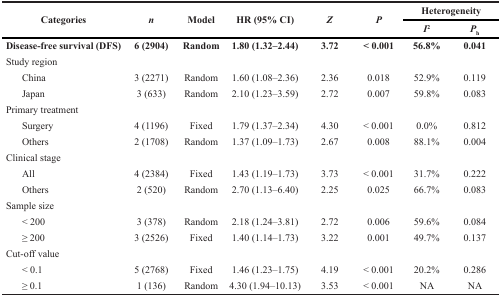
<table><thead><tr><td rowspan="2"><b>Categories</b></td><td rowspan="2"><b><i>n</i></b></td><td rowspan="2"><b>Model</b></td><td rowspan="2"><b>HR (95% CI)</b></td><td rowspan="2"><b><i>Z</i></b></td><td rowspan="2"><b><i>P</i></b></td><td colspan="2"><b>Heterogeneity</b></td></tr><tr><td><b><i>I</i><sup>2</sup></b></td><td><b><i>P</i><sub>h</sub></b></td></tr></thead><tbody><tr><td><b>Disease-free survival (DFS)</b></td><td><b>6 (2904)</b></td><td><b>Random</b></td><td><b>1.80 (1.32–2.44)</b></td><td><b>3.72</b></td><td><b>&lt; 0.001</b></td><td><b>56.8%</b></td><td><b>0.041</b></td></tr><tr><td>Study region</td><td>[EMPTY_CELL]</td><td>[EMPTY_CELL]</td><td>[EMPTY_CELL]</td><td>[EMPTY_CELL]</td><td>[EMPTY_CELL]</td><td>[EMPTY_CELL]</td><td>[EMPTY_CELL]</td></tr><tr><td> China</td><td>3 (2271)</td><td>Random</td><td>1.60 (1.08–2.36)</td><td>2.36</td><td>0.018</td><td>52.9%</td><td>0.119</td></tr><tr><td> Japan</td><td>3 (633)</td><td>Random</td><td>2.10 (1.23–3.59)</td><td>2.72</td><td>0.007</td><td>59.8%</td><td>0.083</td></tr><tr><td>Primary treatment</td><td>[EMPTY_CELL]</td><td>[EMPTY_CELL]</td><td>[EMPTY_CELL]</td><td>[EMPTY_CELL]</td><td>[EMPTY_CELL]</td><td>[EMPTY_CELL]</td><td>[EMPTY_CELL]</td></tr><tr><td> Surgery</td><td>4 (1196)</td><td>Fixed</td><td>1.79 (1.37–2.34)</td><td>4.30</td><td>&lt; 0.001</td><td>0.0%</td><td>0.812</td></tr><tr><td> Others</td><td>2 (1708)</td><td>Random</td><td>1.37 (1.09–1.73)</td><td>2.67</td><td>0.008</td><td>88.1%</td><td>0.004</td></tr><tr><td>Clinical stage</td><td>[EMPTY_CELL]</td><td>[EMPTY_CELL]</td><td>[EMPTY_CELL]</td><td>[EMPTY_CELL]</td><td>[EMPTY_CELL]</td><td>[EMPTY_CELL]</td><td>[EMPTY_CELL]</td></tr><tr><td> All</td><td>4 (2384)</td><td>Fixed</td><td>1.43 (1.19–1.73)</td><td>3.73</td><td>&lt; 0.001</td><td>31.7%</td><td>0.222</td></tr><tr><td> Others</td><td>2 (520)</td><td>Random</td><td>2.70 (1.13–6.40)</td><td>2.25</td><td>0.025</td><td>66.7%</td><td>0.083</td></tr><tr><td>Sample size</td><td>[EMPTY_CELL]</td><td>[EMPTY_CELL]</td><td>[EMPTY_CELL]</td><td>[EMPTY_CELL]</td><td>[EMPTY_CELL]</td><td>[EMPTY_CELL]</td><td>[EMPTY_CELL]</td></tr><tr><td> &lt; 200</td><td>3 (378)</td><td>Random</td><td>2.18 (1.24–3.81)</td><td>2.72</td><td>0.006</td><td>59.6%</td><td>0.084</td></tr><tr><td> ≥ 200</td><td>3 (2526)</td><td>Fixed</td><td>1.40 (1.14–1.73)</td><td>3.22</td><td>0.001</td><td>49.7%</td><td>0.137</td></tr><tr><td>Cut-off value</td><td>[EMPTY_CELL]</td><td>[EMPTY_CELL]</td><td>[EMPTY_CELL]</td><td>[EMPTY_CELL]</td><td>[EMPTY_CELL]</td><td>[EMPTY_CELL]</td><td>[EMPTY_CELL]</td></tr><tr><td> &lt; 0.1</td><td>5 (2768)</td><td>Fixed</td><td>1.46 (1.23–1.75)</td><td>4.19</td><td>&lt; 0.001</td><td>20.2%</td><td>0.286</td></tr><tr><td> ≥ 0.1</td><td>1 (136)</td><td>Random</td><td>4.30 (1.94–10.13)</td><td>3.53</td><td>&lt; 0.001</td><td>NA</td><td>NA</td></tr></tbody></table>